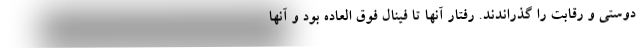
دوستی و رقابت را گذراندند. رفتار آنها تا فینال فوق العاده بود و آنها